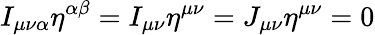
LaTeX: I_{\mu\nu\alpha}\eta^{\alpha\beta}=I_{\mu\nu}\eta^{\mu\nu}=J_{\mu\nu}\eta^{\mu\nu}=0